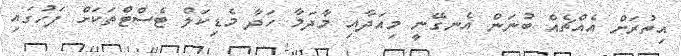
އިތުރަށް އެއްޗެއް ބުނަން އެނގޭނީ މިއަދާއި މާދަމާ ހަދާ މެޑިކަލް ޓެސްޓްތަކަށް ފަހުގައި